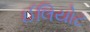
ઈલિયોટ